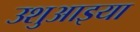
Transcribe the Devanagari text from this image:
उशुआइया